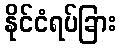
နိုင်ငံရပ်ခြား